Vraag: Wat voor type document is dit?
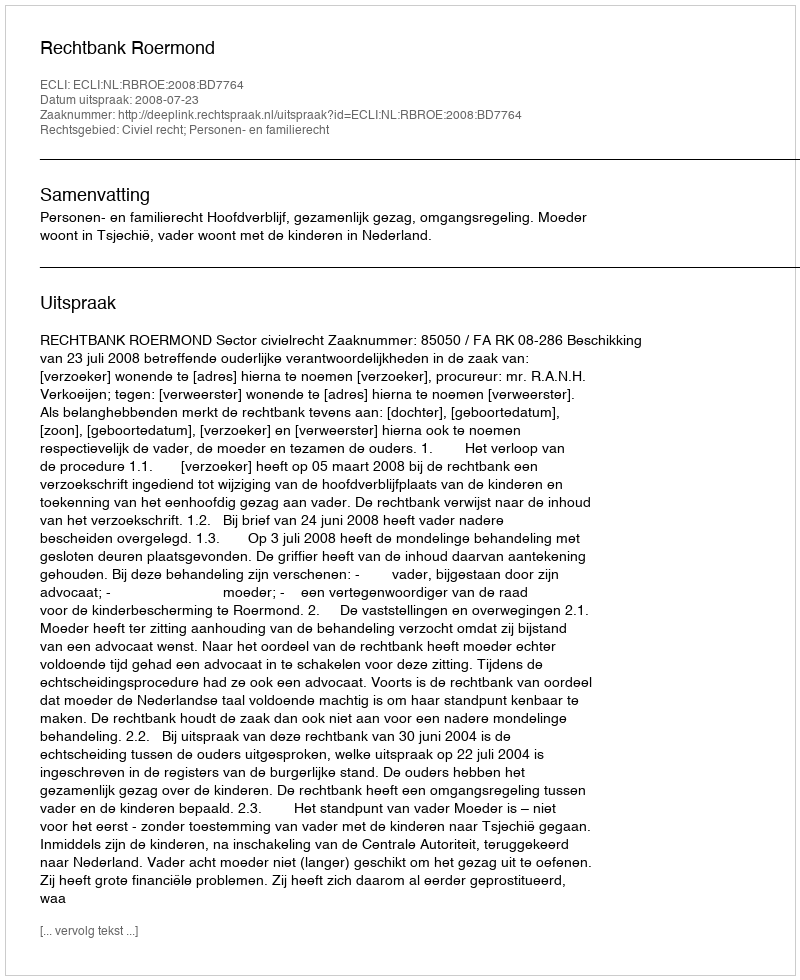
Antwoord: Uitspraak